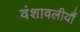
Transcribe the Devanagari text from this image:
वंशावलीयौं